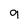
Character: 9